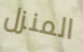
المنزل